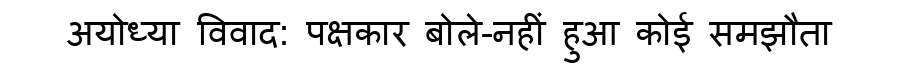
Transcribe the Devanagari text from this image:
अयोध्या विवाद: पक्षकार बोले-नहीं हुआ कोई समझौता